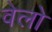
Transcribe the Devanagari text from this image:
वेलो